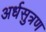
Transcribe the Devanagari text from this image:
अर्धसुत्रण